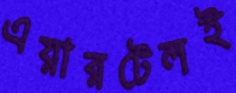
এয়ারটেলই